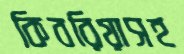
কিবরিয়াসহ